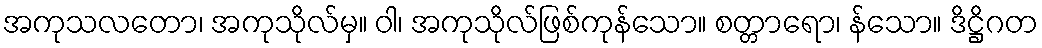
အကုသလတော၊ အကုသိုလ်မှ။ ဝါ၊ အကုသိုလ်ဖြစ်ကုန်သော။ စတ္တာရော၊ န်သော။ ဒိဋ္ဌိဂတ